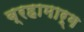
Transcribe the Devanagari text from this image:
ब्रहामार्ग